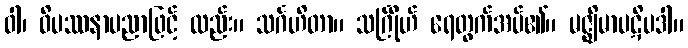
ဝါ၊ ဝိပဿနာပညာဖြင့် လည်း။ သင်္ဂဟိတာ။ သင်္ဂြိုဟ် ရေတွက်အပ်၏။ မဇ္ဈိမာပဋိပဒါ။